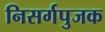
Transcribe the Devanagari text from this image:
निसर्गपुजक